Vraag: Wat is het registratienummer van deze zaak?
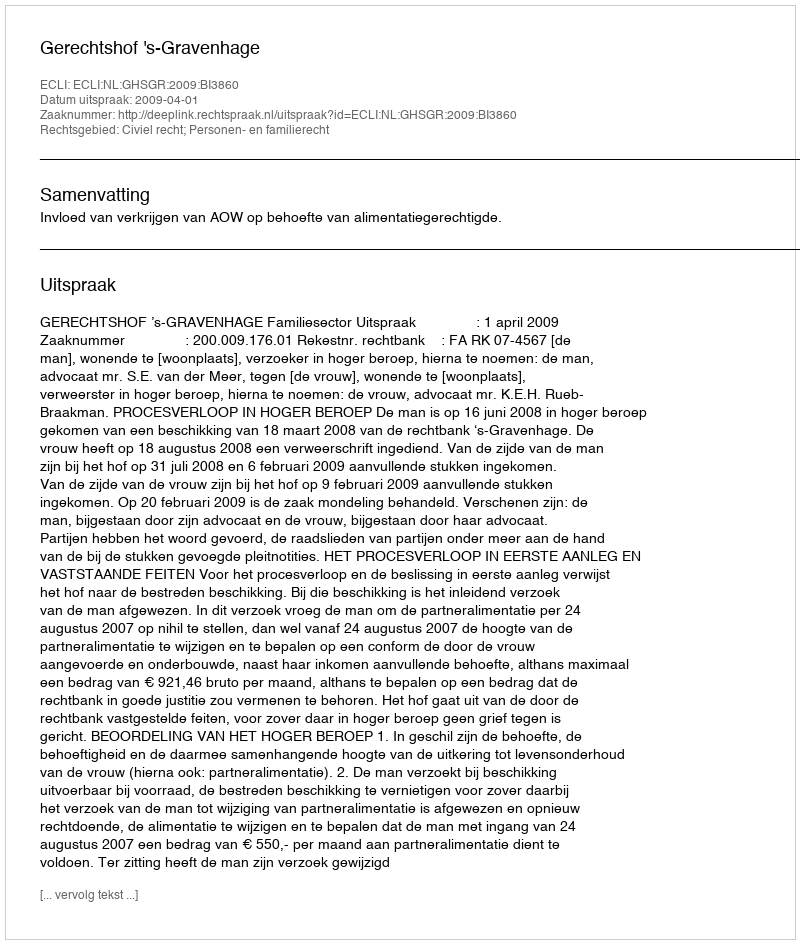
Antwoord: http://deeplink.rechtspraak.nl/uitspraak?id=ECLI:NL:GHSGR:2009:BI3860